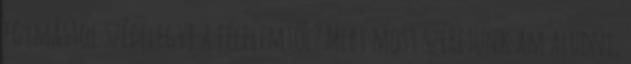
egymástól szédelegve a félelemtől? Mert most szeretünk ám aludni,